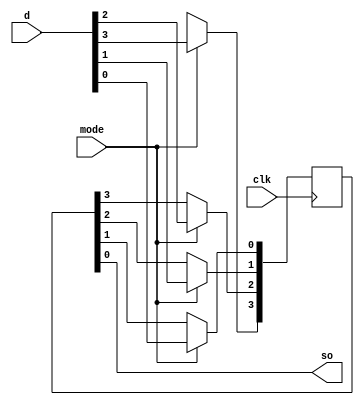
`timescale 1ns / 1ps
//////////////////////////////////////////////////////////////////////////////////
// Company: 
// Engineer: 
// 
// Design Name: 
// Module Name:    PISOb 
// Project Name: 
// Target Devices: 
// Tool versions: 
// Description: 
//
// Dependencies: 
//
// Revision: 
// Revision 0.01 - File Created
// Additional Comments: 
//
//////////////////////////////////////////////////////////////////////////////////
module PISOb(clk,d,mode,so
    );
input clk,mode;
input [3:0] d;
output so;
reg [3:0] q=0;
always@(posedge clk)
begin
    if(mode)
	 begin
	 q<=d;
	 end
	 else
	 begin
	 q[3]<=1'bx;
	 q[2]<=q[3];
	 q[1]<=q[2];
	 q[0]<=q[1];
	 end
end
assign so=q[0];

endmodule